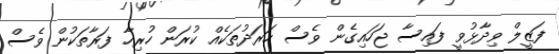
ފަޒީލް ވިދާޅުވީ ފައިސާ ޖަހައިގެން ވެސް ހަރަދުތަކެއް ކުރަން ހުރިހާ ފަރާތަކުން ވެސް